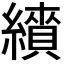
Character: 𦆋